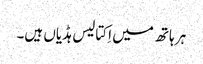
ہر ہاتھ میں اِکتالیس ہڈیاں ہیں۔